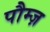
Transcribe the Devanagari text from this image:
पौम्ज़